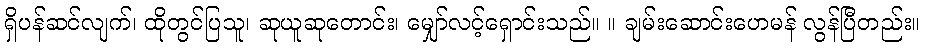
ရှိပန်ဆင်လျက်၊ ထိုတွင်ပြသူ၊ ဆုယူဆုတောင်း၊ မျှော်လင့်ရှောင်းသည်။ ။ ချမ်းဆောင်းဟေမန် လွန်ပြီတည်း။